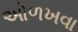
ઓળખવા